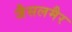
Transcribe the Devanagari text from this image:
जैसलमैर